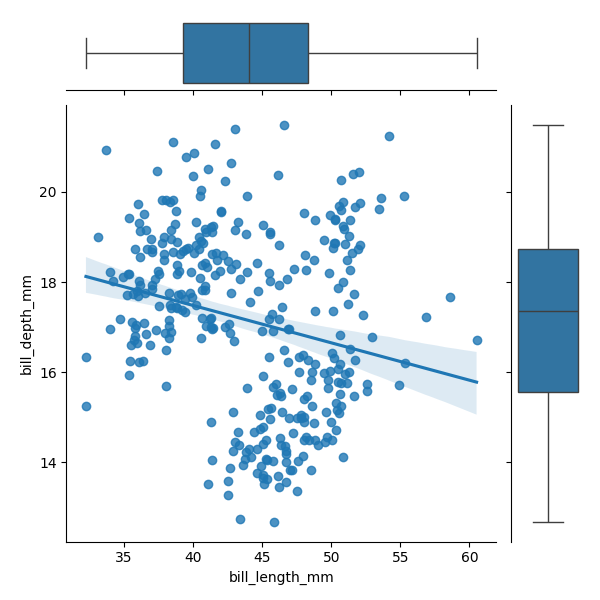
python, seaborn, JointGrid, regplot, boxplot